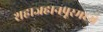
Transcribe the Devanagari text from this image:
शहाजहानपूरमध्ये